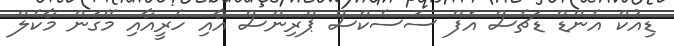
ޑިއުކް އެންޑް ޑަޗެސް އޮފް ސަސެކްސް ޕްރިންސް އާއި ހެރީއާއި މޭގަން މާކެލް